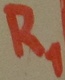
Text: R1